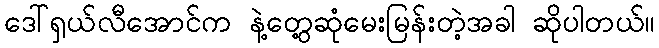
ဒေါ်ရှယ်လီအောင်က နဲ့တွေ့ဆုံမေးမြန်းတဲ့အခါ ဆိုပါတယ်။